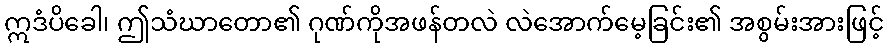
ဣဒံပိခေါ၊ ဤသံဃာတော၏ ဂုဏ်ကိုအဖန်တလဲ လဲအောက်မေ့ခြင်း၏ အစွမ်းအားဖြင့်